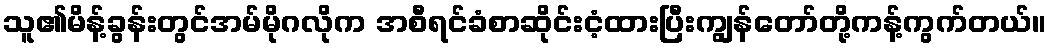
သူ၏မိန့်ခွန်းတွင်အမ်မိုဂလိုက အစီရင်ခံစာဆိုင်းငံ့ထားပြီးကျွန်တော်တို့ကန့်ကွက်တယ်။